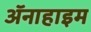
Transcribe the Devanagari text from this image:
ॲनाहाइम